Indian journal of veterinary science and animal husbandry - Volume 3,
Year: 1933
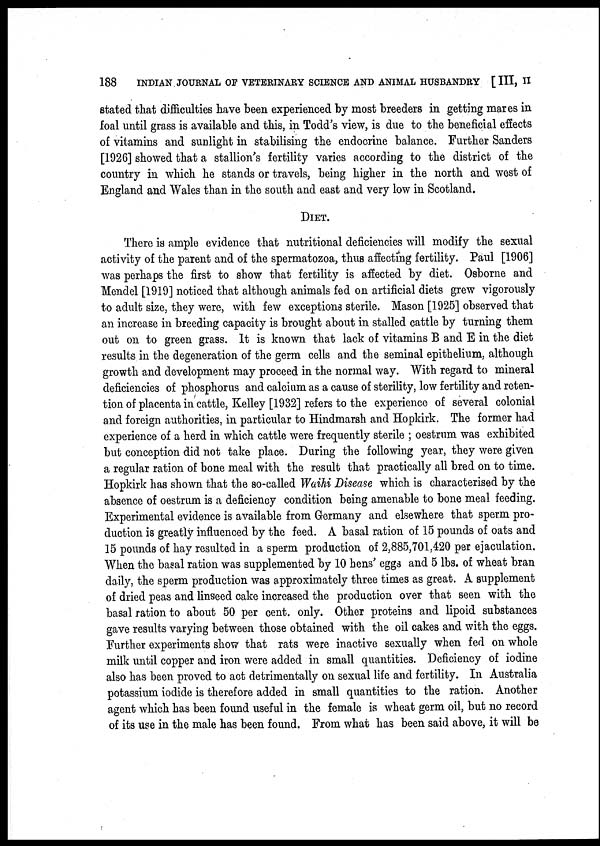
188
INDIAN JOURNAL OF VETERINARY SCIENCE AND ANIMAL HUSBANDRY [ III, II
stated that difficulties have been experienced by most breeders in getting mares in
foal until grass is available and this, in Todd's view, is due to the beneficial effects
of vitamins and sunlight in stabilising the endocrine balance. Further Sanders
[1926] showed that a stallion's fertility varies according to the district of the
country in which he stands or travels, being higher in the north and west of
England and Wales than in the south and east and very low in Scotland.
DIET.
There is ample evidence that nutritional deficiencies will modify the sexual
activity of the parent and of the spermatozoa, thus affecting fertility. Paul [1906]
was perhaps the first to show that fertility is affected by diet. Osborne and
Mendel [1919] noticed that although animals fed on artificial diets grew vigorously
to adult size, they were, with few exceptions sterile. Mason [1925] observed that
an increase in breeding capacity is brought about in stalled cattle by turning them
out on to green grass. It is known that lack of vitamins B and E in the diet
results in the degeneration of the germ cells and the seminal epithelium, although
growth and development may proceed in the normal way. With regard to mineral
deficiencies of phosphorus and calcium as a cause of sterility, low fertility and reten-
tion of placenta in cattle, Kelley [1932] refers to the experience of several colonial
and foreign authorities, in particular to Hindmarsh and Hopkirk. The former had
experience of a herd in which cattle were frequently sterile ; oestrum was exhibited
but conception did not take place. During the following year, they were given
a regular ration of bone meal with the result that practically all bred on to time.
Hopkirk has shown that the so-called Waihi Disease which is characterised by the
absence of oestrum is a deficiency condition being amenable to bone meal feeding.
Experimental evidence is available from Germany and elsewhere that sperm pro-
duction is greatly influenced by the feed. A basal ration of 15 pounds of oats and
15 pounds of hay resulted in a sperm production of 2,885,701,420 per ejaculation.
When the basal ration was supplemented by 10 hens' eggs and 5 lbs. of wheat bran
daily, the sperm production was approximately three times as great. A supplement
of dried peas and linseed cake increased the production over that seen with the
basal ration to about 50 per cent. only. Other proteins and lipoid substances
gave results varying between those obtained with the oil cakes and with the eggs.
Further experiments show that rats were inactive sexually when fed on whole
milk until copper and iron were added in small quantities. Deficiency of iodine
also has been proved to act detrimentally on sexual life and fertility. In Australia
potassium iodide is therefore added in small quantities to the ration. Another
agent which has been found useful in the female is wheat germ oil, but no record
of its use in the male has been found. From what has been said above, it will be